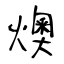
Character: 燠